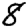
Digit: 8